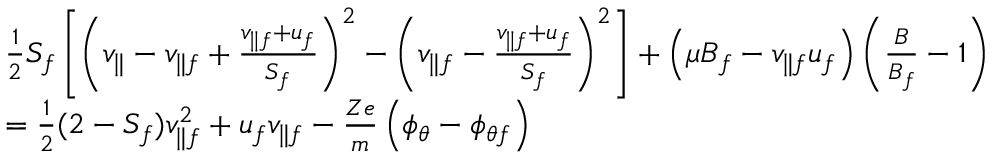
\begin{array} { r l } & { \frac { 1 } { 2 } S _ { f } \left[ \left( v _ { \parallel } - v _ { \parallel f } + \frac { v _ { \parallel f } + u _ { f } } { S _ { f } } \right) ^ { 2 } - \left( v _ { \parallel f } - \frac { v _ { \parallel f } + u _ { f } } { S _ { f } } \right) ^ { 2 } \right] + \left( \mu B _ { f } - v _ { \parallel f } u _ { f } \right) \left( \frac { B } { B _ { f } } - 1 \right) } \\ & { = \frac { 1 } { 2 } ( 2 - S _ { f } ) v _ { \parallel f } ^ { 2 } + u _ { f } v _ { \parallel f } - \frac { Z e } { m } \left( \phi _ { \theta } - \phi _ { \theta f } \right) } \end{array}